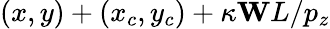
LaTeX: (x,y)+(x_{c},y_{c})+\kappa\mathbf{W}L/p_{z}